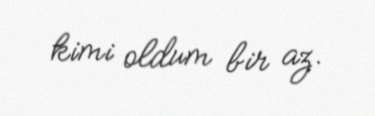
kimi oldum bir az.